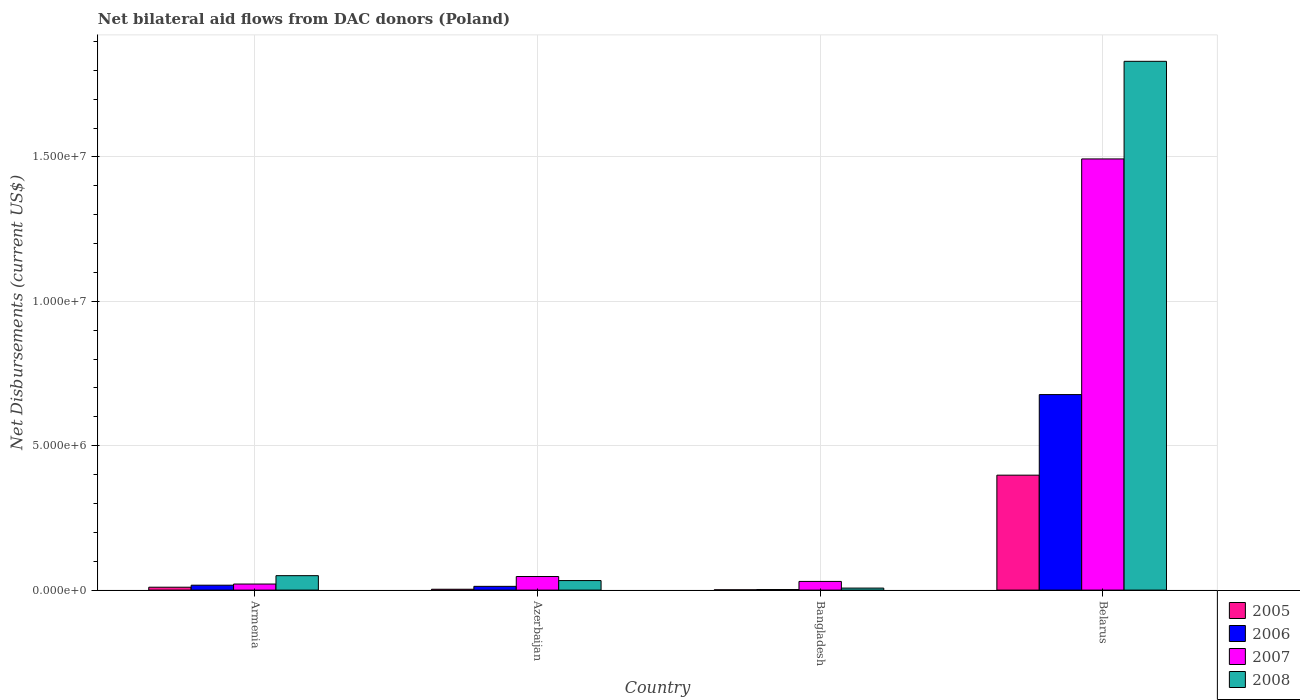
| Country | 2005 | 2006 | 2007 | 2008 |
 | --- | --- | --- | --- | --- |
 | Armenia | 1e+05 | 1.7e+05 | 2.1e+05 | 5e+05 |
 | Azerbaijan | 3e+04 | 1.3e+05 | 4.7e+05 | 3.3e+05 |
 | Bangladesh | 1e+04 | 2e+04 | 3e+05 | 7e+04 |
 | Belarus | 3.98e+06 | 6.77e+06 | 1.49e+07 | 1.83e+07 |